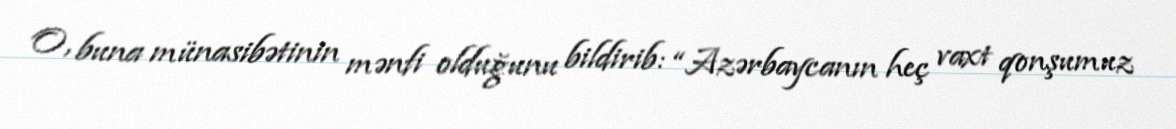
O, buna münasibətinin mənfi olduğunu bildirib: “Azərbaycanın heç vaxt qonşumuz